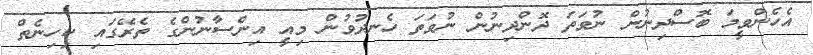
އެހެންވީމަ ބޮސްދިނުން ނުވަތަ ދޮންދިނުން ނުވަތަ ހެނދުވުން މިއީ އިންސާނުންގެ ތެރޭގައި ކިހިނެތް